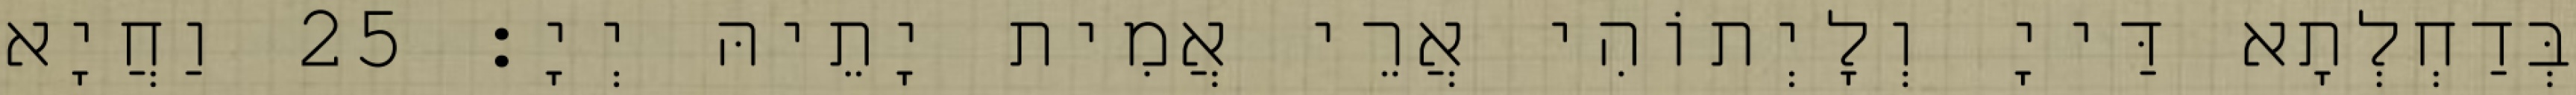
בְּדַחְלְתָא דַּייָ וְלָיְתוֹהִי אֲרֵי אֲמִית יָתֵיהּ יְיָ׃ 25 וַחֲיָא